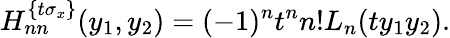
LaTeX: H_{nn}^{\{ t\sigma_{x}\} }(y_{1},y_{2})=(-1)^{n}t^{n}n!L_{n}(ty_{1}y_{2}).